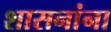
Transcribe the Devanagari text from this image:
शासनांना